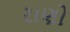
રાણો